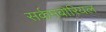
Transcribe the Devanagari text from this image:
सर्कमबोरियल